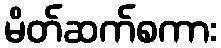
မိတ်ဆက်စကား